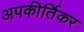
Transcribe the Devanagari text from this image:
अपकीर्तिकर